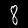
Label: 8